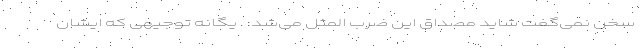
سخن نمی‌گفت شاید مصداق این ضرب المثل می‌شد: . یگانه توجیهی که ایشان